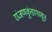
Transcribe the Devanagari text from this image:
रांजणकुंडांपासून